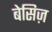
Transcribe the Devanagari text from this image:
बेसिज़